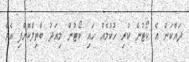
ދައްކަން އެ ކޯޓުން ކުރި ހުކުމެއް ހައި ކޯޓުން މިއަދު ބާތިލްކޮށްފި އެވެ.